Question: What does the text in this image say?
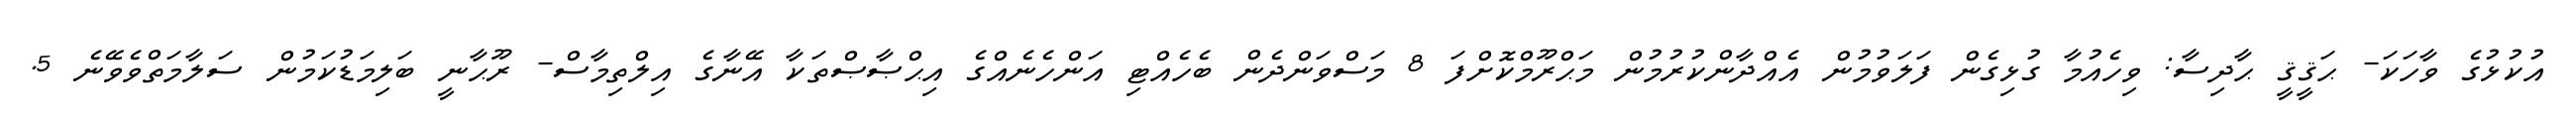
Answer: އުކުޅުގެ ވާހަކަ- ޙަޤީޤީ ޙާދިސާ: ވިހެއުމާ ގުޅިގެން ފަލަވުމުން އެއްދާންކުރުމުން މަޙްރޫމްކޮށްފަ 8 މަސްވަންދެން ބެހެއްޓި އަންހެނެއްގެ އިޙްޞާޞްތަކާ އޭނާގެ އިލްތިމާސް- ރޫޙާނީ ބަލިމަޑުކަމުން ސަލާމަތްވެވޭނެ 5.